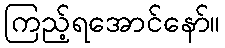
ကြည့်ရအောင်နော်။